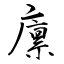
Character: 廪